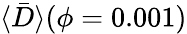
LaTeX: \langle\bar{D}\rangle(\phi=0.001)